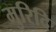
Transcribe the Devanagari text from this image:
मुरिदि